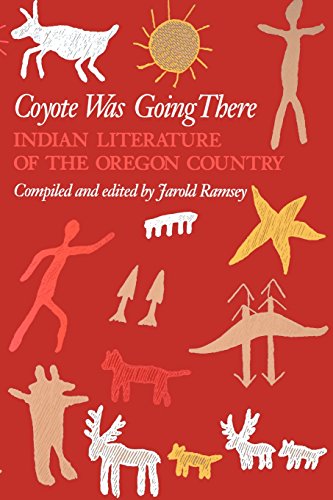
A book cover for Coyote Was Going There: Indian Literature of the Oregon Country; Literature & Fiction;